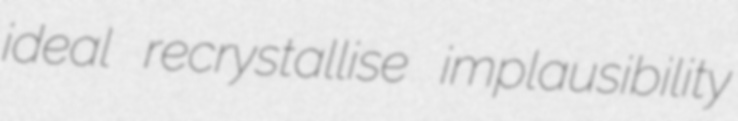
ideal recrystallise implausibility